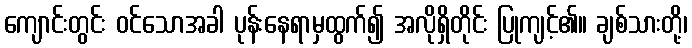
ကျောင်းတွင်း ဝင်သောအခါ ပုန်းနေရာမှထွက်၍ အလိုရှိတိုင်း ပြုကျင့်၏။ ချစ်သားတို့၊